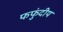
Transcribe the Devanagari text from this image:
फफुंदीय